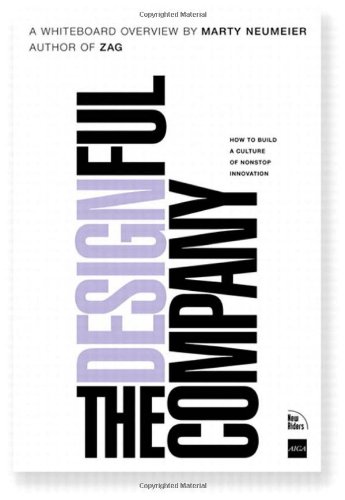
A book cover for The Designful Company: How to build a culture of nonstop innovation; Marty Neumeier; Business & Money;